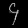
Digit: ၄